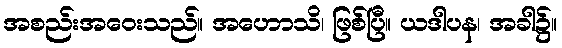
အစည်းအဝေးသည်။ အဟောသိ၊ ဖြစ်ပြီ။ ယဒါပန၊ အခါ၌။